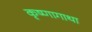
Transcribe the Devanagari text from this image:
कृष्णागाथा